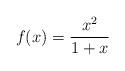
LaTeX: \begin{align*}f(x)=\frac{x^2}{1+x} \end{align*}